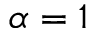
\alpha = 1